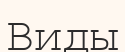
Виды